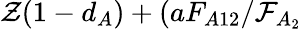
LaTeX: \mathcal{Z}(1-d_{A})+(aF_{A12}/\mathcal{F}_{A_{2}}